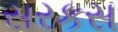
સરકસ